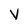
Character: v